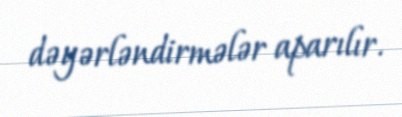
dəyərləndirmələr aparılır.